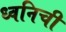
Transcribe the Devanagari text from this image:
ध्वनिची